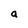
Character: a